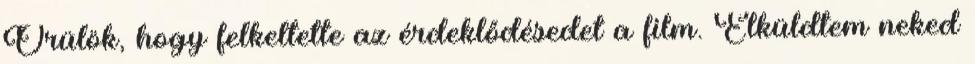
Örülök, hogy felkeltette az érdeklődésedet a film. Elküldtem neked